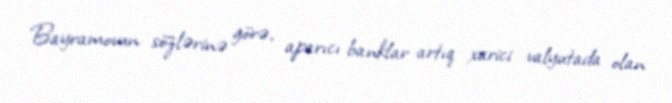
Bayramovun sözlərinə görə, aparıcı banklar artıq xarici valyutada olan